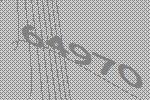
64970